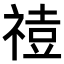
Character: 𥚧